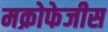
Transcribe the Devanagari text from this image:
मक्रोफेजीस